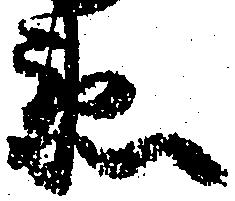
衛